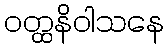
ဝတ္ထနိဝါသနေ